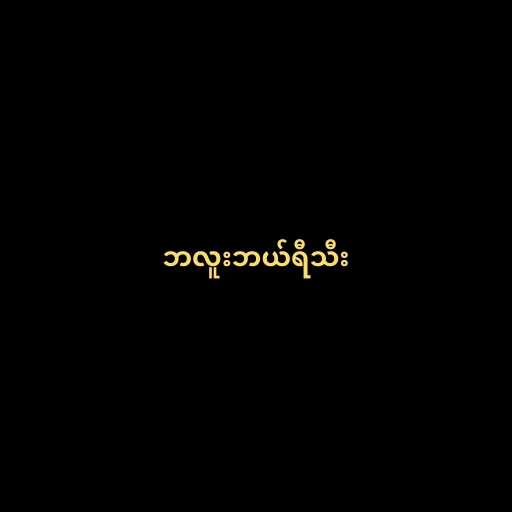
ဘလူးဘယ်ရီသီး